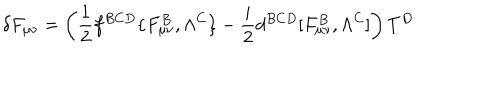
\delta F _ { \mu \nu } = \left( { \frac { 1 } { 2 } } f ^ { B C D } \{ F _ { \mu \nu } ^ { B } , \Lambda ^ { C } \} - { \frac { i } { 2 } } d ^ { B C D } [ F _ { \mu \nu } ^ { B } , \Lambda ^ { C } ] \right) T ^ { D }